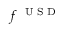
f ^ { \mathrm { ~ \tiny ~ U ~ S ~ D ~ } }